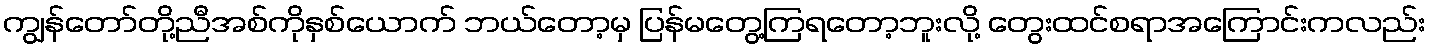
ကျွန်တော်တို့ညီအစ်ကိုနှစ်ယောက် ဘယ်တော့မှ ပြန်မတွေ့ကြရတော့ဘူးလို့ တွေးထင်စရာအကြောင်းကလည်း